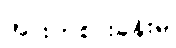
အားကစားခန်းမ